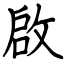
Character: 啟